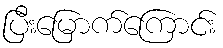
ပြီးမြောက်ကြောင်း